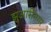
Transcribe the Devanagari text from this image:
झुआरीनगर